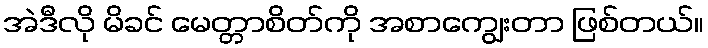
အဲဒီလို မိခင် မေတ္တာစိတ်ကို အစာကျွေးတာ ဖြစ်တယ်။